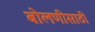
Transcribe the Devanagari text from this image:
बोलणीसाठी